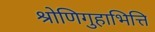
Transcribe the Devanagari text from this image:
श्रोणिगुहाभित्ति